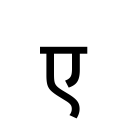
OCR:
ए